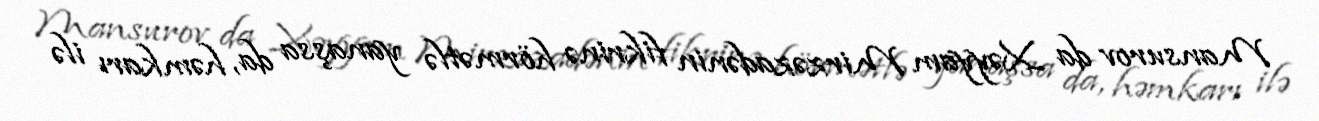
Mansurov da Xəyyam Mirzəzadənin fikrinə hörmətlə yanaşsa da, həmkarı ilə